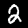
Digit: 2